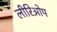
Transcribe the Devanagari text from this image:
लीरिओप